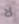
لا